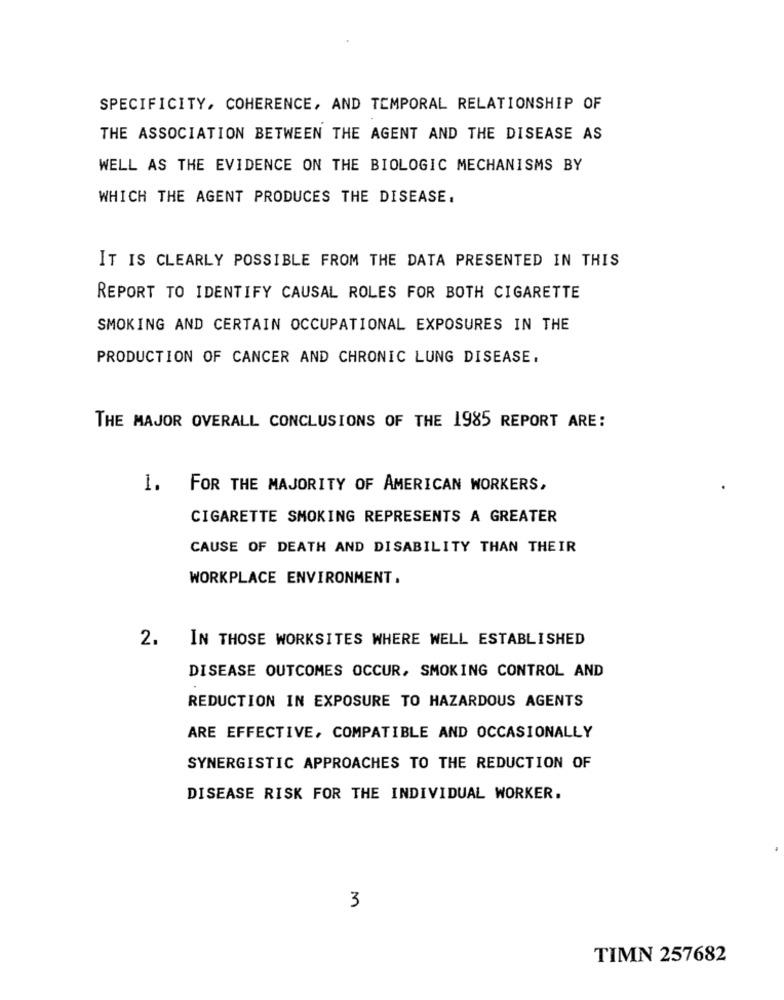
SPECIFICITY, COHERENCE, AND TEMPORAL RELATIONSHIP OF
THE ASSOCIATION BETWEEN THE AGENT AND THE DISEASE AS
WELL AS THE EVIDENCE ON THE BIOLOGIC MECHANISMS BY
WHICH THE AGENT PRODUCES THE DISEASE.
IT IS CLEARLY POSSIBLE FROM THE DATA PRESENTED IN THIS
REPORT TO IDENTIFY CAUSAL ROLES FOR BOTH CIGARETTE
SMOKING AND CERTAIN OCCUPATIONAL EXPOSURES IN THE
PRODUCTION OF CANCER AND CHRONIC LUNG DISEASE.
THE MAJOR OVERALL CONCLUSIONS OF THE 1985 REPORT ARE:
1. FOR THE MAJORITY OF AMERICAN WORKERS,
CIGARETTE SMOKING REPRESENTS A GREATER
CAUSE OF DEATH AND DISABILITY THAN THEIR
WORKPLACE ENVIRONMENT.
2. IN THOSE WORKSITES WHERE WELL ESTABLISHED
DISEASE OUTCOMES OCCUR, SMOKING CONTROL AND
REDUCTION IN EXPOSURE TO HAZARDOUS AGENTS
ARE EFFECTIVE, COMPATIBLE AND OCCASIONALLY
SYNERGISTIC APPROACHES TO THE REDUCTION OF
DISEASE RISK FOR THE INDIVIDUAL WORKER.
3
TIMN 257682